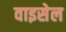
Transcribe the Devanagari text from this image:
वाइसेल